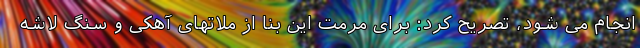
انجام می شود، تصریح کرد: برای مرمت این بنا از ملاتهای آهکی و سنگ لاشه